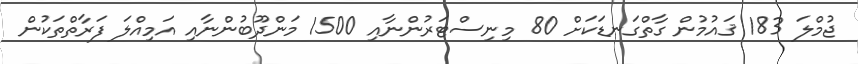
ޖުމްލަ 183 ޤައުމުން ގާތްގަނޑަކަށް 80 މިނިސްޓަރުންނާއި 1500 މަންދޫބުންނާއި އަމިއްލަ ފަރާތްތަކުން